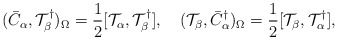
\begin{align*}(\bar{C}_\alpha,{\cal T}^\dagger_\beta)_\Omega=\frac{1}{2}[{\cal T}_\alpha,{\cal T}^\dagger_\beta],\quad({\cal T}_\beta,\bar{C}^\dagger_\alpha)_\Omega=\frac{1}{2}[{\cal T}_\beta,{\cal T}^\dagger_\alpha],\end{align*}